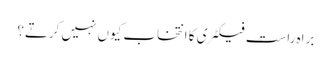
براہ راست فیکٹری کا انتخاب کیوں نہیں کرتے؟